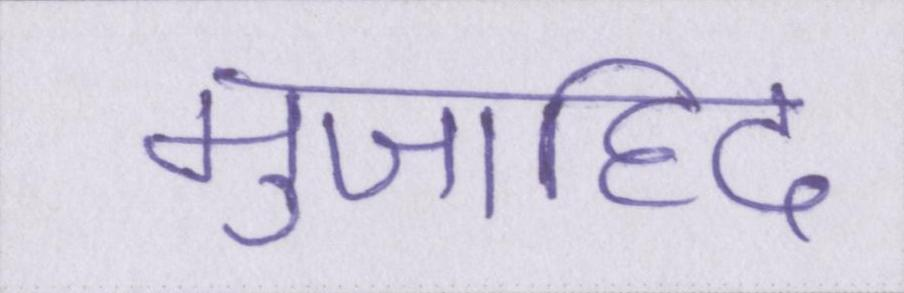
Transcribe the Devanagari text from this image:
मुजाहिद